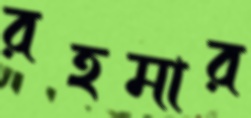
রহমার